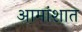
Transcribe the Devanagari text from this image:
आमांशात